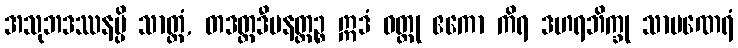
အသုဘဒဿနမ္ပိ သာတ္ထံ, တဒတ္ထဒီပနတ္ထဉ္စ ဣဒံ ဝတ္ထု ဧကော ကိရ ဒဟရဘိက္ခု သာမဏေရံ